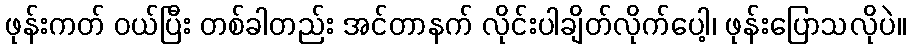
ဖုန်းကတ် ဝယ်ပြီး တစ်ခါတည်း အင်တာနက် လိုင်းပါချိတ်လိုက်ပေါ့၊ ဖုန်းပြောသလိုပဲ။